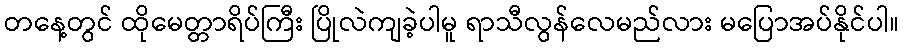
တနေ့တွင် ထိုမေတ္တာရိပ်ကြီး ပြိုလဲကျခဲ့ပါမူ ရာသီလွန်လေမည်လား မပြောအပ်နိုင်ပါ။